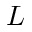
L